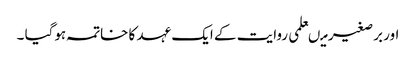
اور برصغیر میںعلمی روایت کے ایک عہد کا خاتمہ ہوگیا ۔